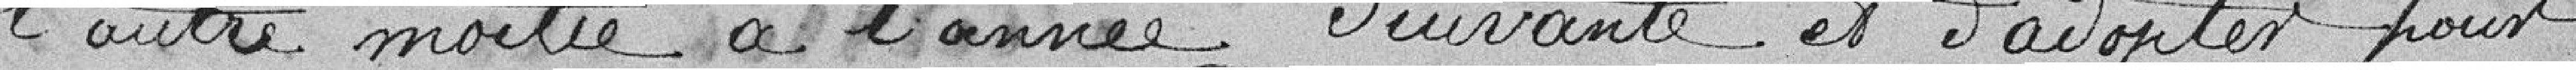
l'autre moitié à l'année suivante et d'ajouter pour